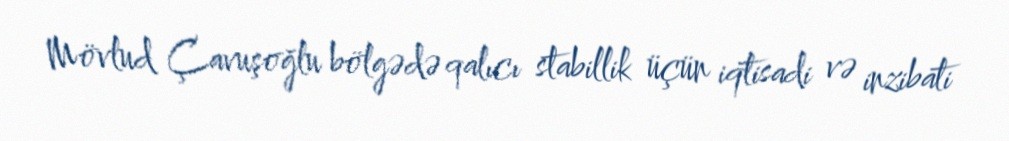
Mövlud Çavuşoğlu bölgədə qalıcı stabillik üçün iqtisadi və inzibati